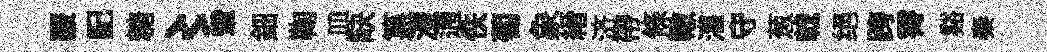
覈記糖〻輦鈿鞠皿缺簋澧逋佚萄象縉济帶條轍灌守葱戟绝跨霄谿秦